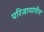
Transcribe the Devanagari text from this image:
परिजायांगीय